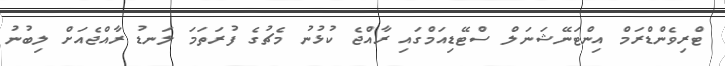
ޓްރިވެންޑްރަމް އިންޓަނޭޝަނަލް ސްޓޭޑިއަމްގައި ރާއްޖެ ކުޅުނު މެޗުގެ ފުރަތަމަ ލަނޑު ރާއްޖެއަށް ލިބުނު